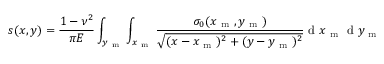
s ( x , y ) = \frac { 1 - \nu ^ { 2 } } { \pi E } \int _ { y _ { \mathrm { ~ m ~ } } } \int _ { x _ { \mathrm { ~ m ~ } } } \frac { \sigma _ { 0 } ( x _ { \mathrm { ~ m ~ } } , y _ { \mathrm { ~ m ~ } } ) } { \sqrt { ( x - x _ { \mathrm { ~ m ~ } } ) ^ { 2 } + ( y - y _ { \mathrm { ~ m ~ } } ) ^ { 2 } } } \mathrm { ~ d ~ } x _ { \mathrm { ~ m ~ } } \mathrm { ~ d ~ } y _ { \mathrm { ~ m ~ } }